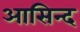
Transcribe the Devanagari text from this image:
आसिन्‍द